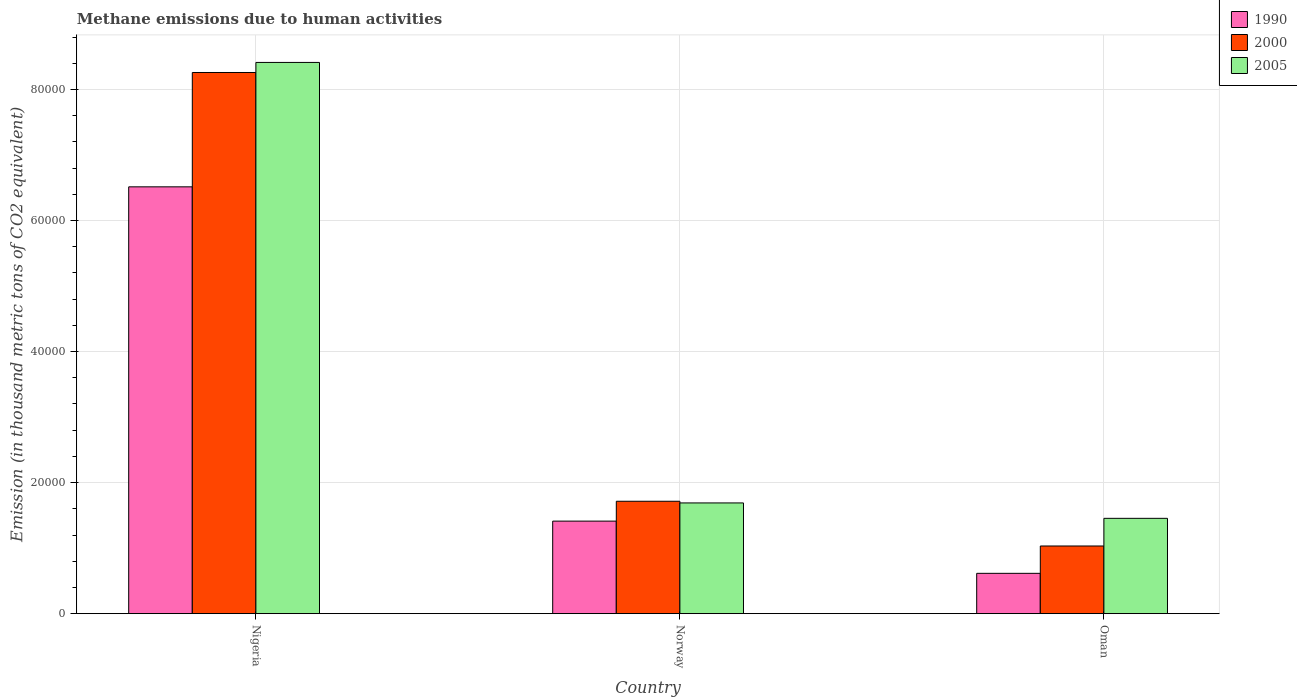
| Country | 1990 | 2000 | 2005 |
 | --- | --- | --- | --- |
 | Nigeria | 6.51e+04 | 8.26e+04 | 8.41e+04 |
 | Norway | 1.41e+04 | 1.72e+04 | 1.69e+04 |
 | Oman | 6.15e+03 | 1.03e+04 | 1.45e+04 |